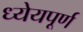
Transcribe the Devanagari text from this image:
ध्येयपूर्ण